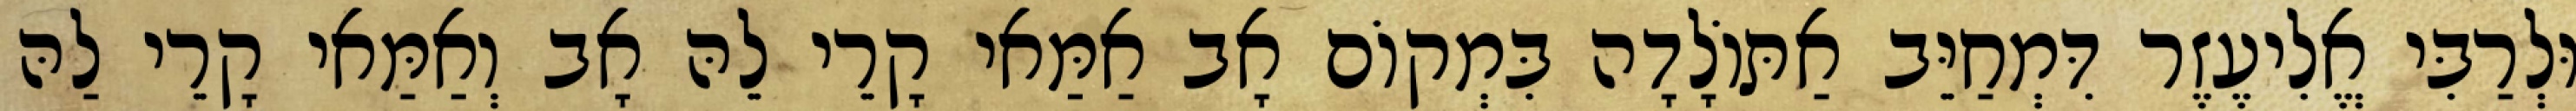
וּלְרַבִּי אֱלִיעֶזֶר דִּמְחַיֵּב אַתּוֹלָדָה בִּמְקוֹם אָב אַמַּאי קָרֵי לֵהּ אָב וְאַמַּאי קָרֵי לַהּ